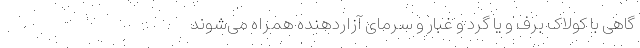
گاهی با کولاک برف و یا گرد و غبار و سرمای آزاردهنده همراه می‌شوند